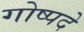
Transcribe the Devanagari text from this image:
गोष्पदे